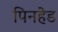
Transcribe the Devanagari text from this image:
पिनहेड